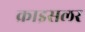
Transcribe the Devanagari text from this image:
क्राइसलर